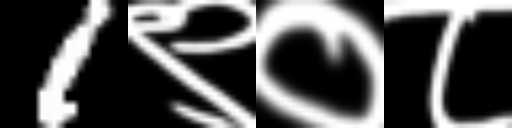
Text: 1९०८